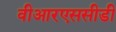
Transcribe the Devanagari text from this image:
वीआरएससीडी